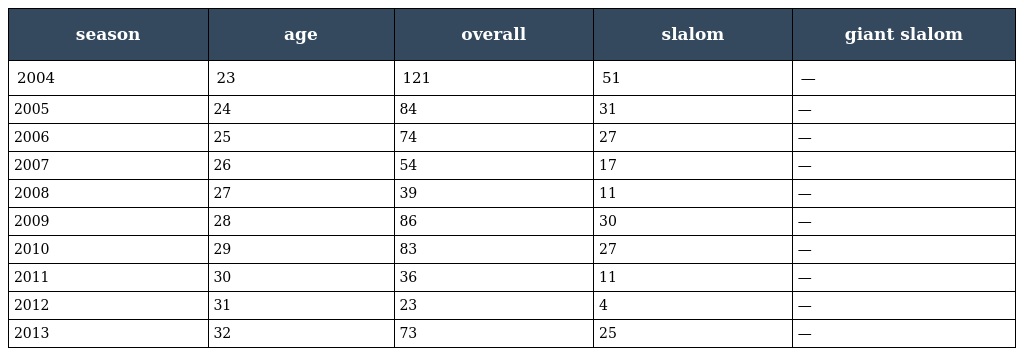
| season | age | overall | slalom | giant slalom |
 | --- | --- | --- | --- | --- |
 | 2004 | 23 | 121 | 51 | — |
 | 2005 | 24 | 84 | 31 | — |
 | 2006 | 25 | 74 | 27 | — |
 | 2007 | 26 | 54 | 17 | — |
 | 2008 | 27 | 39 | 11 | — |
 | 2009 | 28 | 86 | 30 | — |
 | 2010 | 29 | 83 | 27 | — |
 | 2011 | 30 | 36 | 11 | — |
 | 2012 | 31 | 23 | 4 | — |
 | 2013 | 32 | 73 | 25 | — |